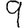
Digit: 9